Vaccination in Burma 1889-1999 - 1889-1999
Year: 1889
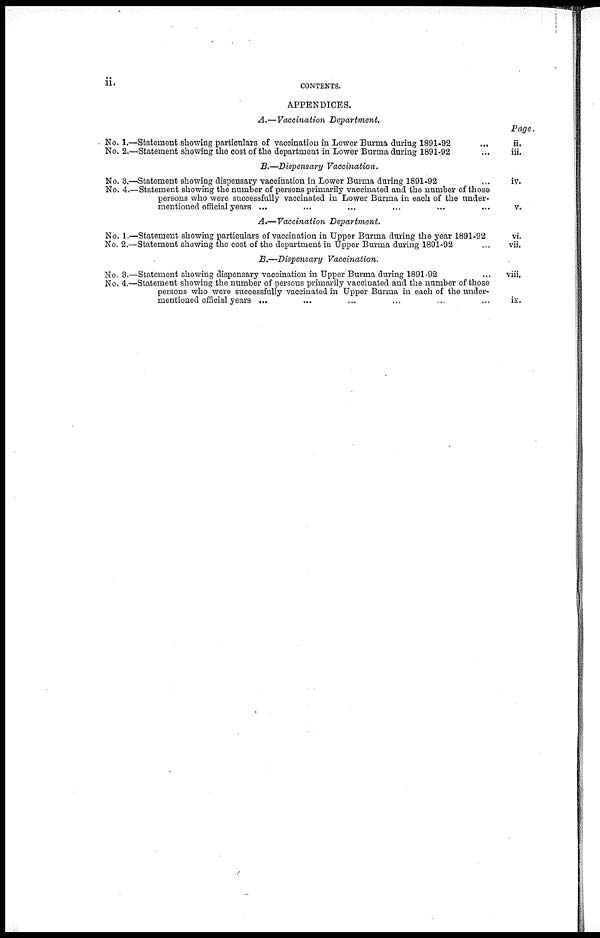
ii.CONTENTS.
APPENDICES.
A.—Vaccination
Department.
No. 1.—Statement showing particulars of vaccination in Lower Burma during 1891-92 ...
No. 2.—Statement showing the cost of the department in Lower Burma during 1891-92 ...
Page.
ii.
iii.
B.—Dispensary Vaccination.
No. 3.—Statement showing dispensary vaccination in Lower Burma during 1891-92 ...
No. 4.—Statement showing the number of persons primarily vaccinated and the number of those
persons who were successfully vaccinated in Lower Burma in each of the under-
mentioned official years ... ... ... ... ... ...
iv.
v.
A.—Vaccination
Department.
No. 1.—Statement showing particulars of vaccination in Upper Burma during the year 1891-92
No. 2.—Statement showing the cost of the department in Upper Burma during 1891-92 ...
vi.
vii.
B.—Dispensary
Vaccination.
No. 3.—Statement showing dispensary vaccination in Upper Burma during 1891-92 ...
No. 4.—Statement showing the number of persons primarily vaccinated and the number of those
persons who were successfully vaccinated in Upper Burma in each of the under-
mentioned official years ... ... ... ... ...
viii.
ix.